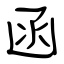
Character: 函